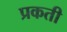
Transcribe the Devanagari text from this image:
प्रकती